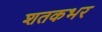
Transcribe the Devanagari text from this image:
शतकभर